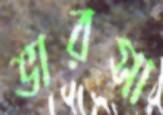
ভারসা